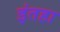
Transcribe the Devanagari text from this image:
इंतहा